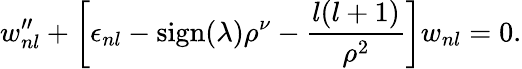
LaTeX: w_{nl}^{\prime\prime}+\left[\epsilon_{nl}-\mathrm{sign}(\lambda)\rho^{\nu}-\frac{l(l+1)}{\rho^{2}}\right]w_{nl}=0.